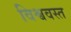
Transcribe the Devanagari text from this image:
विश्ववस्त